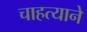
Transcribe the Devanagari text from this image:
चाहत्याने